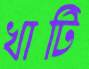
খাটি